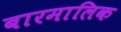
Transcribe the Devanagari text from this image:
बारमालिक